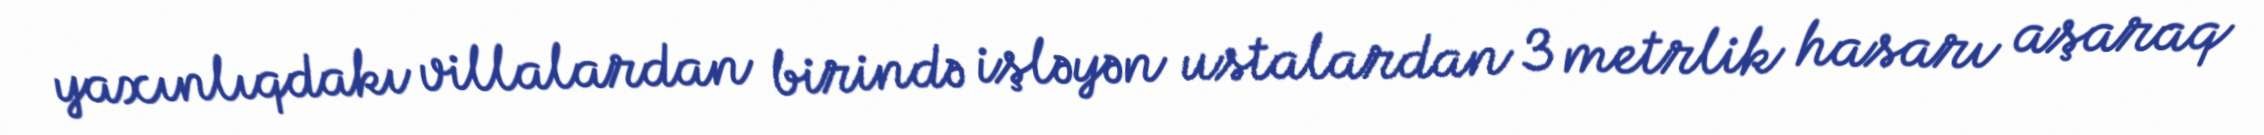
yaxınlıqdakı villalardan birində işləyən ustalardan 3 metrlik hasarı aşaraq